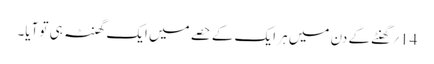
14؍ گھنٹے کے دن میں ہر ایک کے حصے میں ایک گھنٹہ ہی تو آیا۔